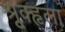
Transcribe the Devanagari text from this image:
श्रूृृक्हृला